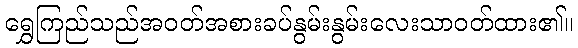
ရွှေကြည်သည်အဝတ်အစားခပ်နွမ်းနွမ်းလေးသာဝတ်ထား၏။